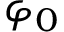
\varphi _ { 0 }